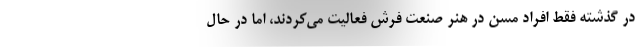
در گذشته فقط افراد مسن در هنر صنعت فرش فعالیت می‌کردند، اما در حال